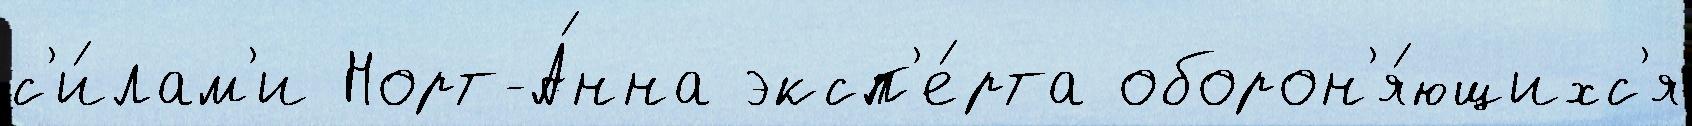
с'и́лам'и Норт-А́нна эксп'е́рта оборон'я́ющихс'я